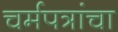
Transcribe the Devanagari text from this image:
चर्मपत्रांचा